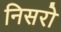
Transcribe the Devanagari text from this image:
निसरो